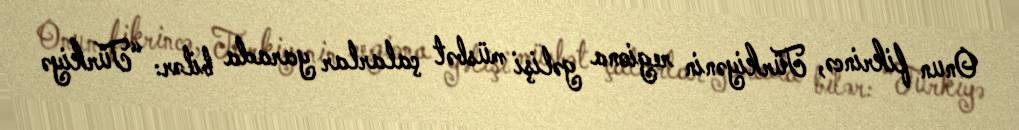
Onun fikrincə, Türkiyənin regiona gəlişi müsbət çalarlar yarada bilər: “Türkiyə